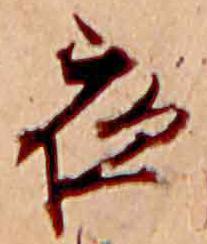
夜